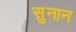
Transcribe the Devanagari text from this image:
सुनान